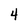
Character: 4